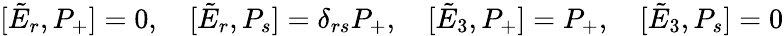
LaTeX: [\tilde{E}_{r},P_{+}]=0,\quad[\tilde{E}_{r},P_{s}]=\delta_{rs}P_{+},\quad[\tilde{E}_{3},P_{+}]=P_{+},\quad[\tilde{E}_{3},P_{s}]=0